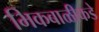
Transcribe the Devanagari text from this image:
भिकबाळीकडे